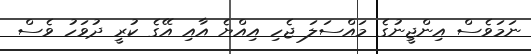
ނަމަވެސް އިންޖީނުގެ މައްސަލަ ޖެހި އިއްޔެ އާއި އޭގެ ކުރީ ދުވަހު ވެސް